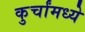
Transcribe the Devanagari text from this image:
कुर्चांमध्ये